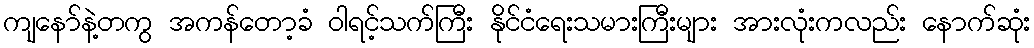
ကျနော်နဲ့တကွ အကန်တော့ခံ ဝါရင့်သက်ကြီး နိုင်ငံရေးသမားကြီးများ အားလုံးကလည်း နောက်ဆုံး